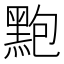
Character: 𪐼